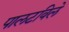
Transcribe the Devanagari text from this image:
पालटविले